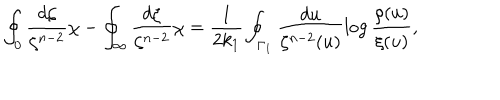
\oint _ { 0 } \frac { d \zeta } { \zeta ^ { n - 2 } } \chi - \oint _ { \infty } \frac { d \zeta } { \zeta ^ { n - 2 } } \chi = \frac { 1 } { 2 k _ { 1 } } \oint _ { \Gamma _ { 1 } } \frac { d u } { \zeta ^ { n - 2 } ( u ) } \log \frac { \rho ( u ) } { \xi ( u ) } ,